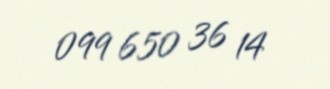
099 650 36 14